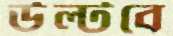
উল্‌টবে